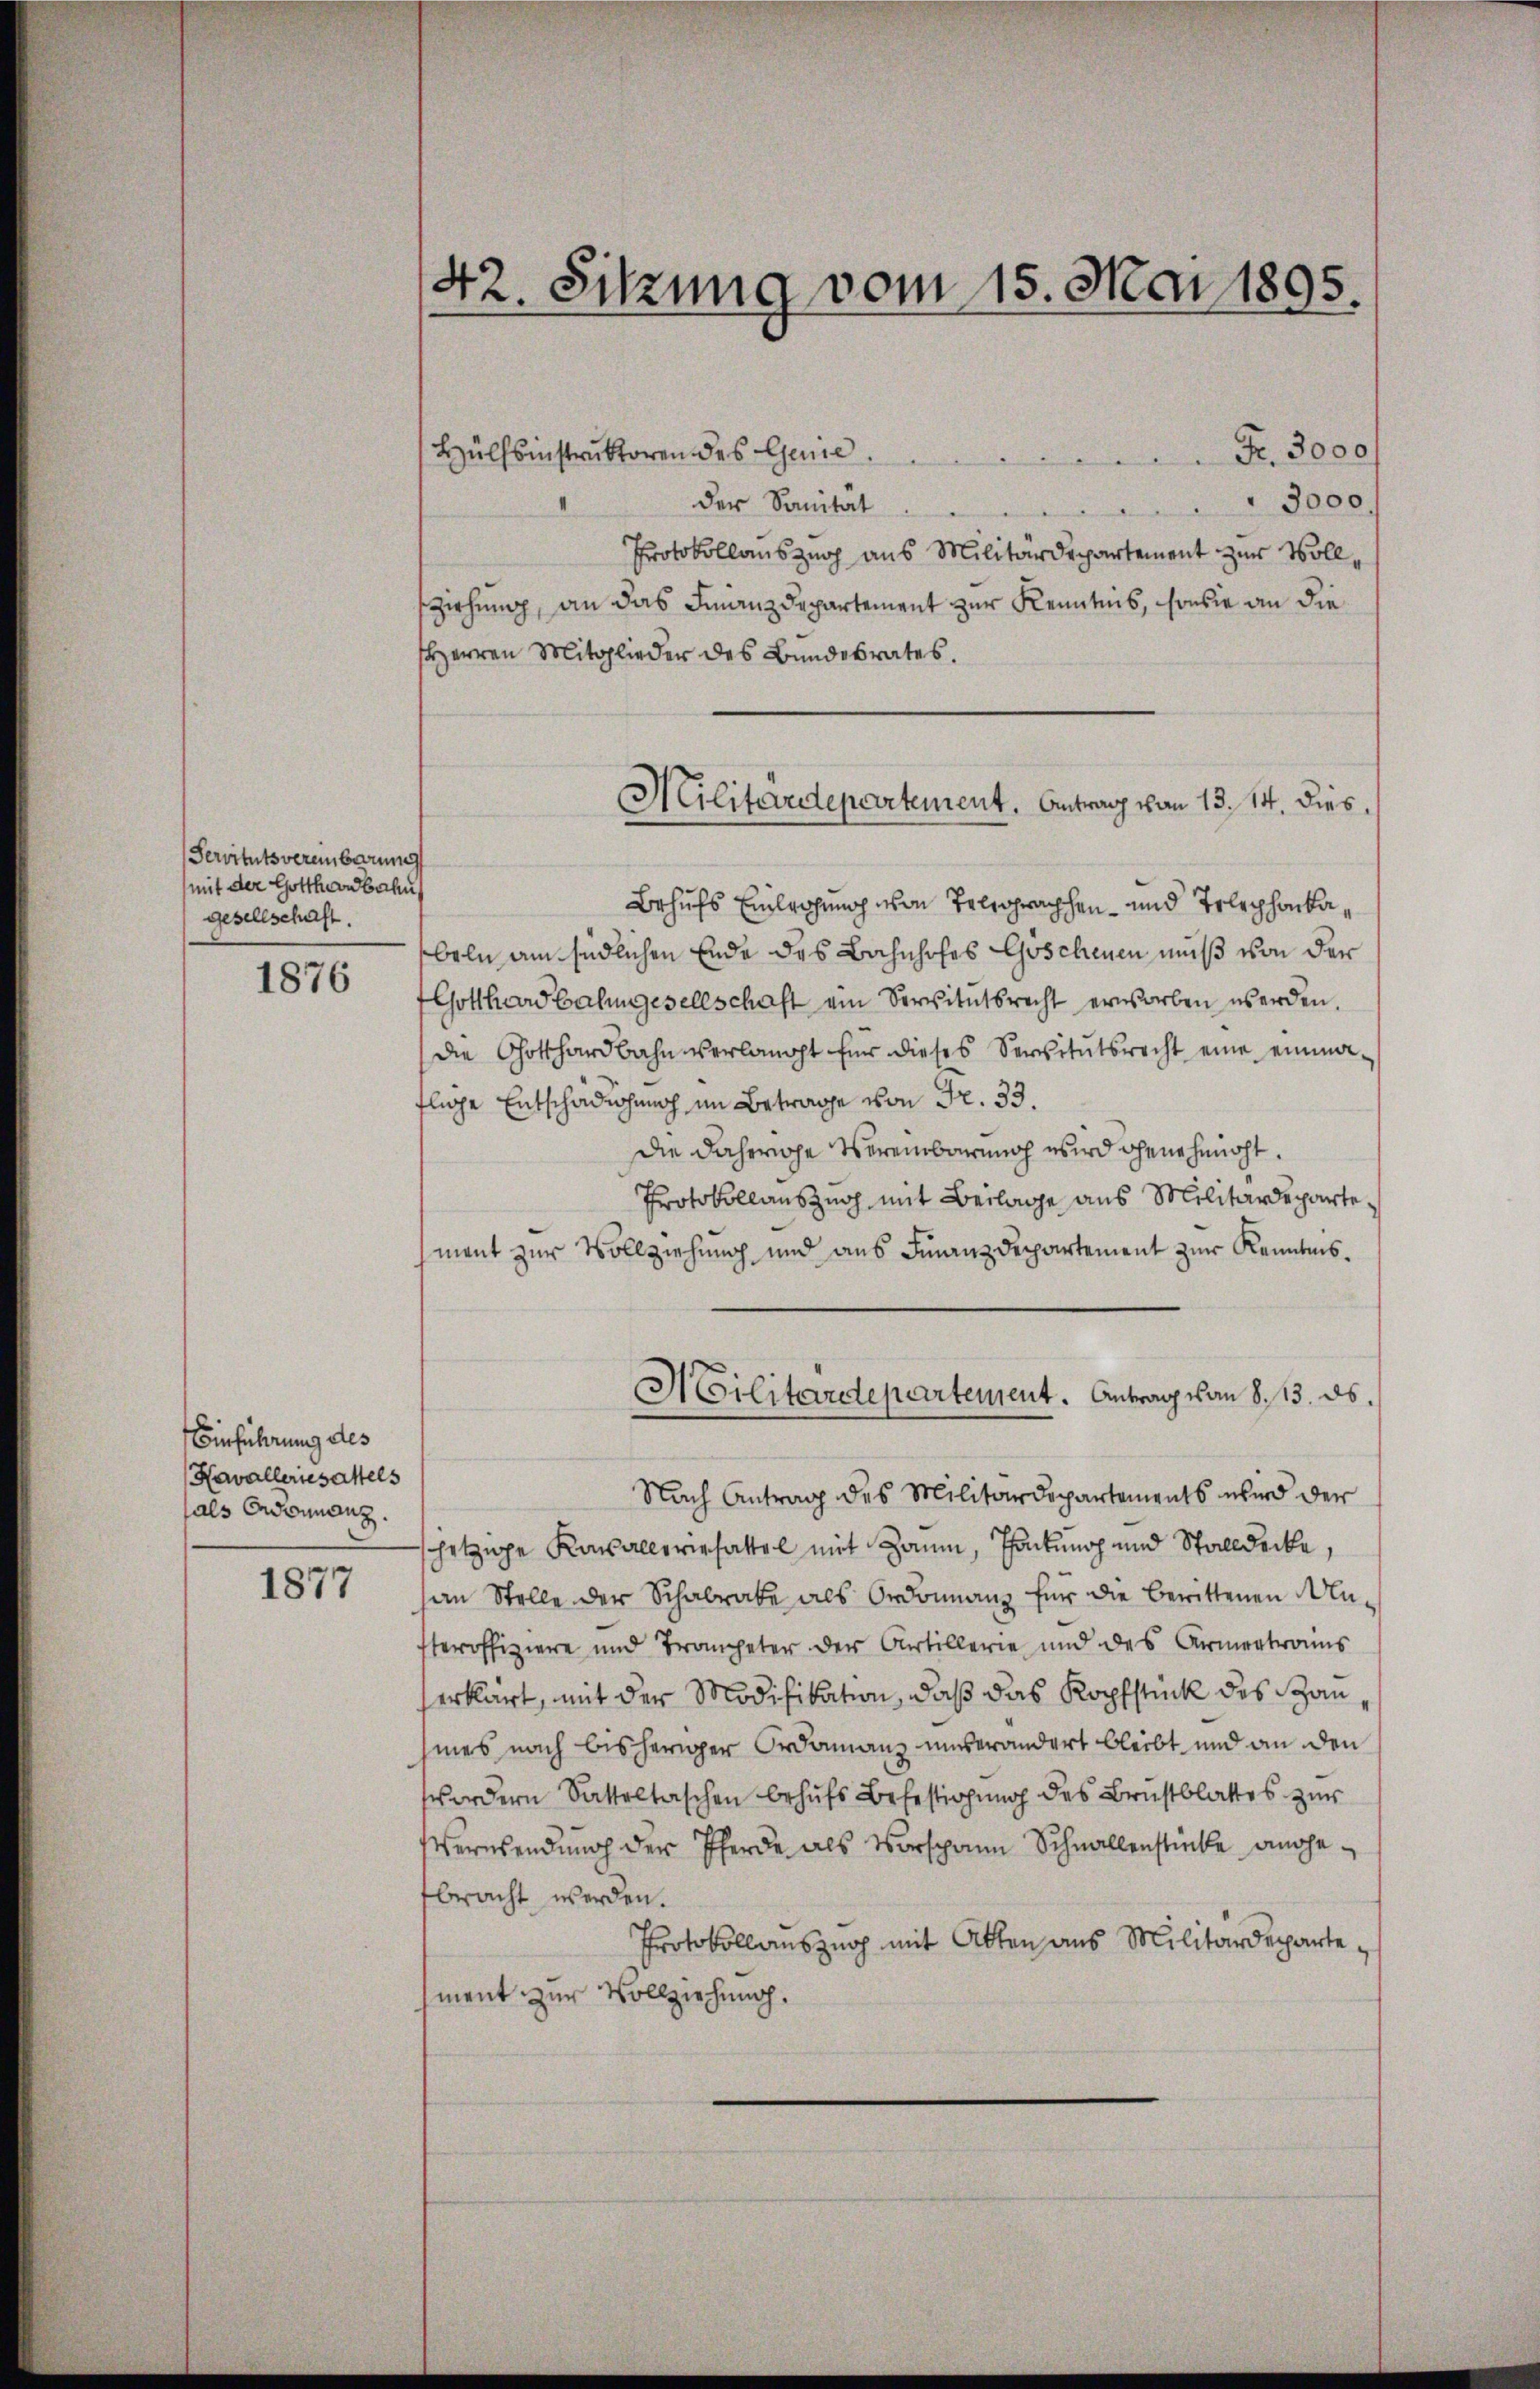
Servitutsvereinbarung
mit der Gotthardbahn
gesellschaft.

1876

Einführung des
Havalleriesattels
als Ordonnanz

1877

42. Sitzung vom 15. Mai 1895.

Hülfsinstruktoren des Genie.
Fr. 3000
der Sanität
3000.
Protokollauszug aus Militärdepartement zur Vollsziehung, an das Finanzdepartement zur Kenntnis, sondie an die
Herren Mitglieder des Bundesrates.
Behufs Einleihung von Telegraphen- und Telephonkabeln am südlichen Ende des Bahnhofes Göschenen muß von der
Gotthardbahngesellschaft ein Servitutsrecht erworben werden.
die Gotthardbahn verlangt für dieses Servitutsrecht eine einma-
fliche Entschädigung im Betrage von Fr. 33.
die Fahrrohe Vereinbarung wird genehmigt.
Protokollauszug mit Beilage aus Militärdepartement zur Vollziehung und aus Finanzdepartement zur Kenntnis¬
Militärdepartement. Antrag von 8. 13. ds.
Nach Antrag des Militärdepartements wird der
hetzige Kasalleriesattel mit Zaum, Pontung und Stalldecke,
an Stelle der Schabrate als Ordonnanz für die berittenen Anteroffiziere und Trompeter der Artillerie und des Armentrans
serklärt, mit der Modifikation, daß das Kopfstück des Sanmes nach bisheriger Ordonanz unverändert bleibt und an den
wordern Satteltaschen behufs Befestigung des Brustblattes zur
Versendung der Pferde als Vorspann Schnallenstücke angetbracht werden.
Protokollauszug mit Atten aus Militärdepartement zur Vollziehung.

Militardepartement. Antrag von 13. 14. dies